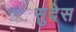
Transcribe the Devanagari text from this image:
सुदेस